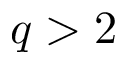
q > 2